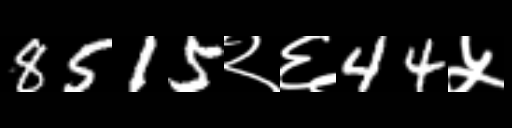
Text: 8515२६44५